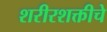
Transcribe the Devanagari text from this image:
शरीरशक्तीचे